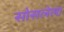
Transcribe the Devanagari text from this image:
सोसलेला